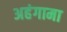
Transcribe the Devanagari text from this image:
अहंगामा